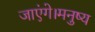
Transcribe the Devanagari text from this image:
जाएंगे।मनुष्य